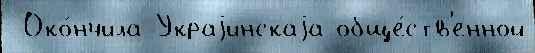
 Око́нчила Украjинскаjа обще́ств'енной